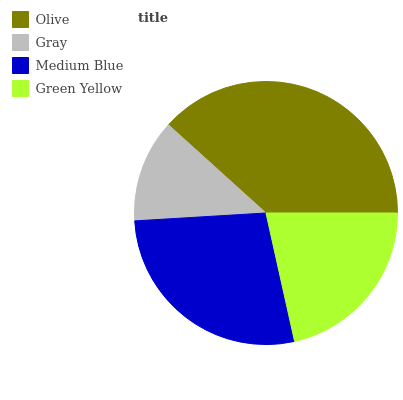
| Olive | Gray | Medium Blue | Green Yellow |
 | --- | --- | --- | --- |
 | 38.3% | 12.6% | 27.5% | 21.5% |